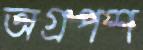
অগ্রপশ